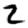
Digit: 2